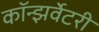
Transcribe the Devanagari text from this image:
कॉन्झर्वेटरी